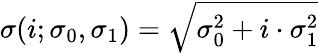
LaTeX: \sigma(i;\sigma_{0},\sigma_{1})=\sqrt{\sigma_{0}^{2}+i\cdot\sigma_{1}^{2}}